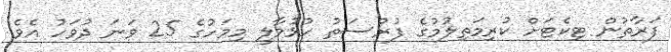
ފަރާތުން ޓިކެޓަށް ކުރިމަތިލުމުގެ ފުރުސަތު ހުޅުވާލީ މިމަހުގެ 25 ވަނަ ދުވަހު އެވެ.